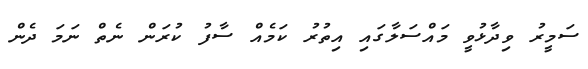
ސަމީރު ވިދާޅުވީ މައްސަލާގައި އިތުރު ކަމެއް ސާފު ކުރަން ނެތް ނަމަ ދެން